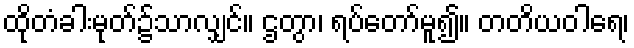
ထိုတံခါးမုတ်၌သာလျှင်။ ဌတွာ၊ ရပ်တော်မူ၍။ တတိယဝါရေ၊